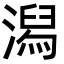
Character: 潟